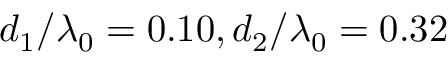
d _ { 1 } / \lambda _ { 0 } = 0 . 1 0 , d _ { 2 } / \lambda _ { 0 } = 0 . 3 2